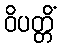
ဝိပတ္တိံ